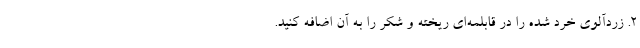
۲. زردآلوی خرد شده را در قابلمه‌ای ریخته و شکر را به آن اضافه کنید.